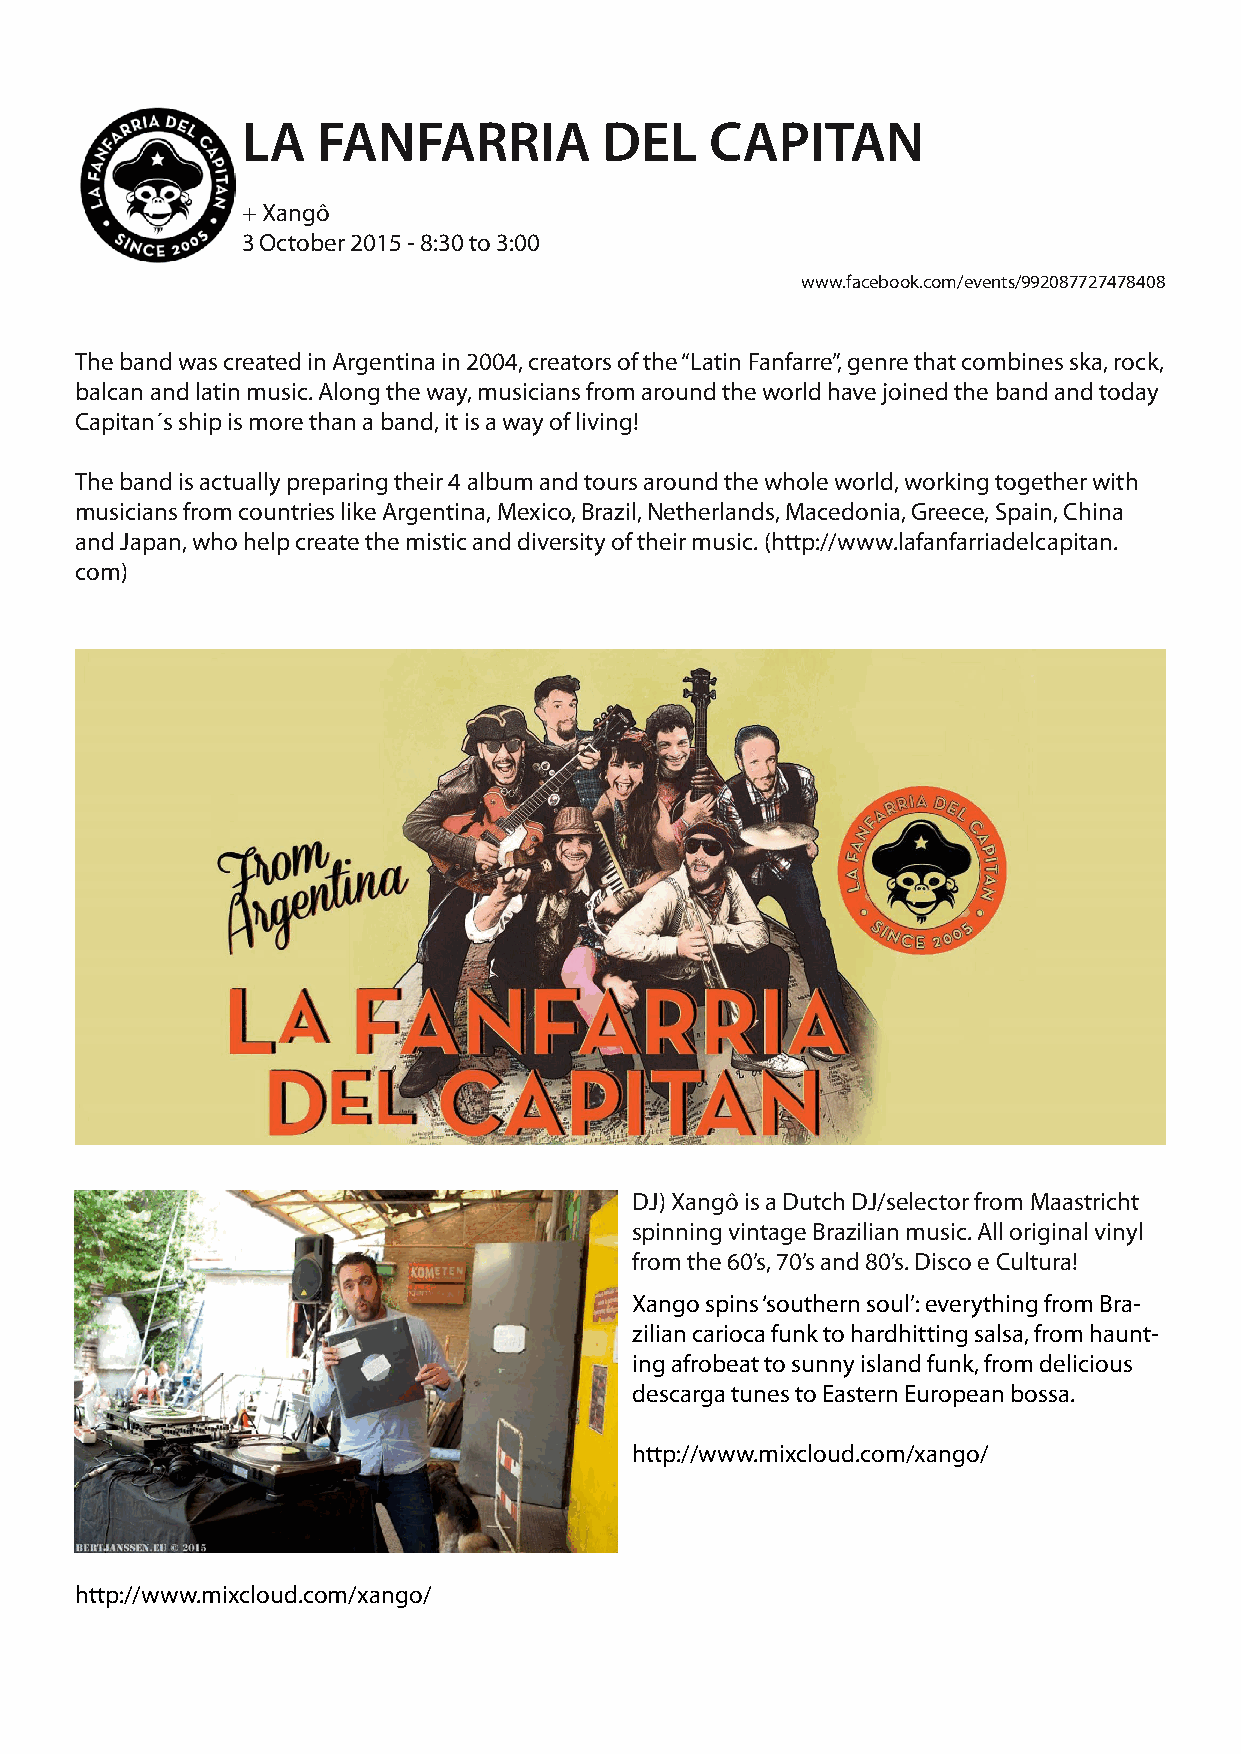
LA   FANFARRIA          DEL    CAPITAN
 + Xangô
 3 October 2015 - 8:30 to 3:00
 www.facebook.com/events/992087727478408
 The band was created in Argentina in 2004, creators of the “Latin Fanfarre”, genre that combines ska, rock,
 balcan and latin music. Along the way, musicians from around the world have joined the band and today
 Capitan´s ship is more than a band, it is a way of living!
 The band is actually preparing their 4 album and tours around the whole world, working together with
 musicians from countries like Argentina, Mexico, Brazil, Netherlands, Macedonia, Greece, Spain, China
 and Japan, who help create the mistic and diversity of their music. (http://www.lafanfarriadelcapitan.
 com)
 DJ) Xangô is a Dutch DJ/selector from Maastricht
 spinning vintage Brazilian music. All original vinyl
 from the 60’s, 70’s and 80’s. Disco e Cultura!
 Xango spins ‘southern soul’: everything from Bra-
 zilian carioca funk to hardhitting salsa, from haunt-
 ing afrobeat to sunny island funk, from delicious
 descarga tunes to Eastern European bossa.
 http://www.mixcloud.com/xango/
 http://www.mixcloud.com/xango/